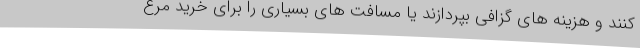
کنند و هزینه های گزافی بپردازند یا مسافت های بسیاری را برای خرید مرغ